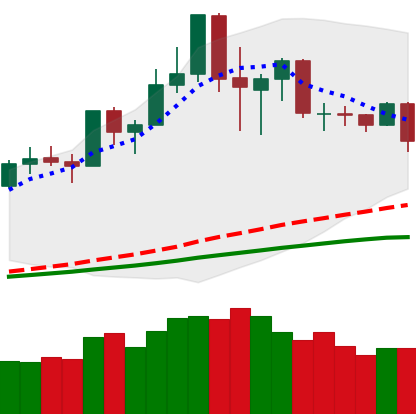
Ticker: NEO-USD
Chart end date: 2020-02-24
Forward return: -16.184%
Label: down_7plus